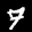
Label: 7